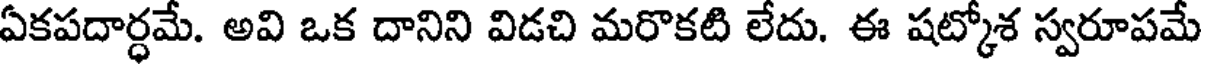
ఏకపదార్ధమే. అవి ఒక దానిని విడచి మరొకటి లేదు. ఈ షట్కోశ స్వరూపమే